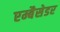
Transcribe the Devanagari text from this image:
एम्बैसेडर